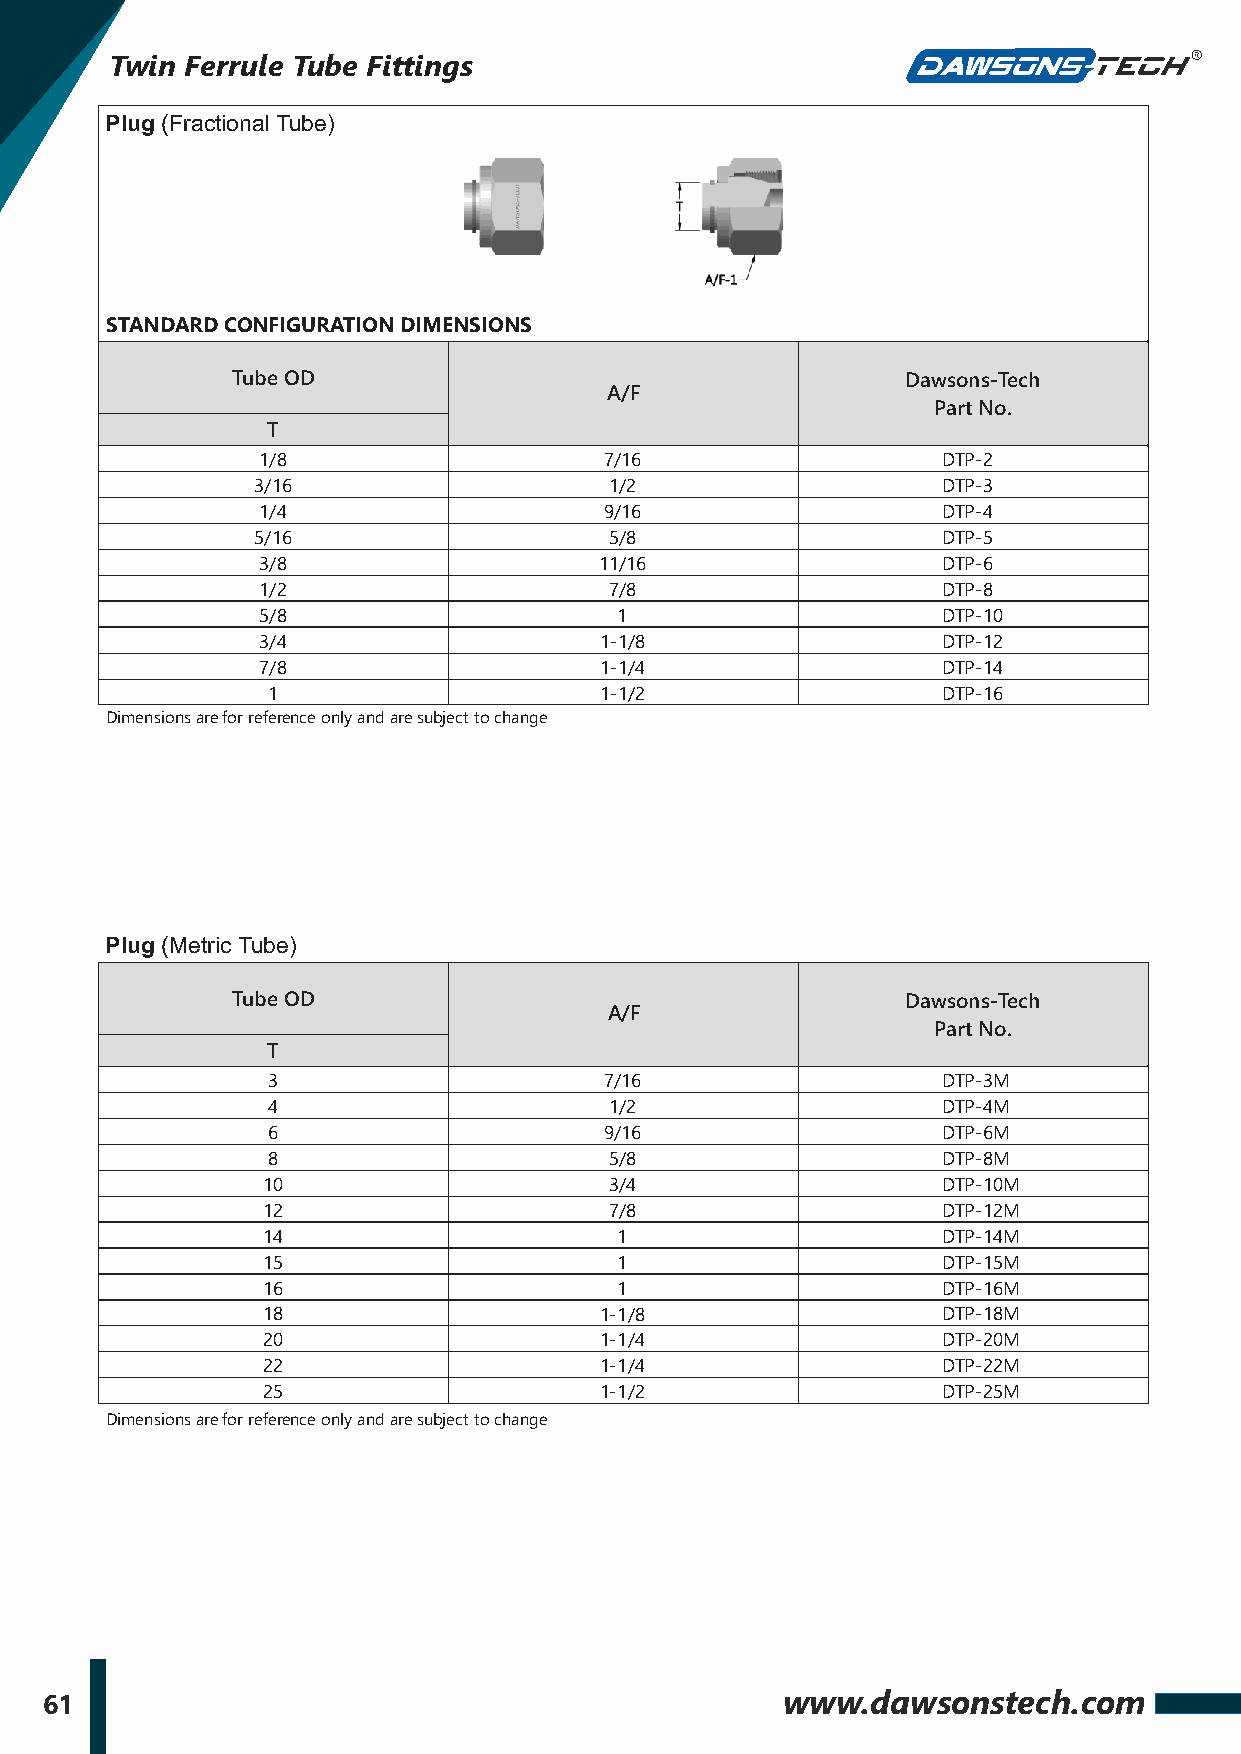
Twin Ferrule Tube Fittings
 Plug (Fractional Tube)
 STANDARD CONFIGURATION DIMENSIONS
 Tube OD                                      Dawsons-Tech
 A/F
 Part No.
 T
 1/8                    7/16                  DTP-2
 3/16                   1/2                   DTP-3
 1/4                    9/16                  DTP-4
 5/16                   5/8                   DTP-5
 3/8                    11/16                 DTP-6
 1/2                    7/8                   DTP-8
 5/8                     1                    DTP-10
 3/4                    1-1/8                 DTP-12
 7/8                    1-1/4                 DTP-14
 1                     1-1/2                 DTP-16
 Dimensions are for reference only and are subject to change
 Plug (Metric Tube)
 Tube OD                                      Dawsons-Tech
 A/F
 Part No.
 T
 3                     7/16                  DTP-3M
 4                     1/2                   DTP-4M
 6                     9/16                  DTP-6M
 8                     5/8                   DTP-8M
 10                     3/4                   DTP-10M
 12                     7/8                   DTP-12M
 14                      1                    DTP-14M
 15                      1                    DTP-15M
 16                      1                    DTP-16M
 18                     1-1/8                 DTP-18M
 20                     1-1/4                 DTP-20M
 22                     1-1/4                 DTP-22M
 25                     1-1/2                 DTP-25M
 Dimensions are for reference only and are subject to change
 61                                               www.dawsonstech.com